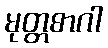
မုတ္တစာဂါ